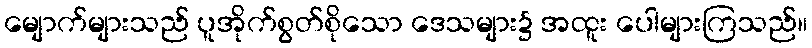
မျောက်များသည် ပူအိုက်စွတ်စိုသော ဒေသများ၌ အထူး ပေါများကြသည်။